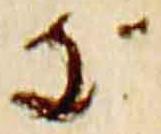
支